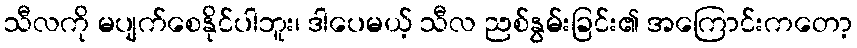
သီလကို မပျက်စေနိုင်ပါဘူး၊ ဒါပေမယ့် သီလ ညစ်နွမ်းခြင်း၏ အကြောင်းကတော့